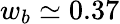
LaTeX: w_{b}\simeq 0.37